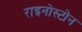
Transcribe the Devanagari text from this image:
राइनोस्टोन